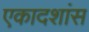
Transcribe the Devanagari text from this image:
एकादशांस